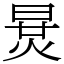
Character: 𣇪